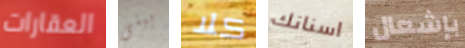
العقارات يبنى كلا اسنانك بإشعال